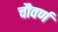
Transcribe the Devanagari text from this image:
चौवर्ण